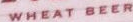
WHEAT BEER